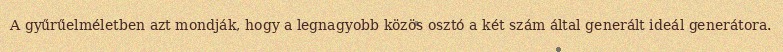
A gyűrűelméletben azt mondják, hogy a legnagyobb közös osztó a két szám által generált ideál generátora.